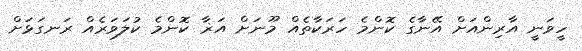
ހީވަނީ އާރިންއަށް އޭނާގެ ކޮންމެ ހަރަކާތެއް މޫނަށް އަޜާ ކޮންމެ ކުލަވަރެއް ރަނގަޅަށް